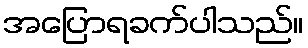
အပြောရခက်ပါသည်။